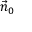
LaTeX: { \vec { n } } _ { 0 }